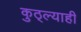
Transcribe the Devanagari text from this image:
कुठ्ल्याही